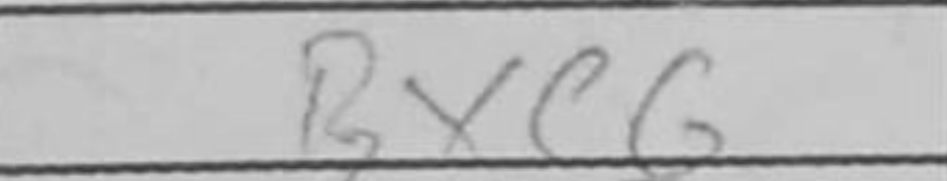
Transcription: Bxe6